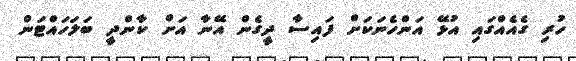
ހުރި ގެއެއްގައި އުޅޭ އަންހެނަކަށް ފައިސާ ދީގެން އޭނާ އަށް ކާންދީ ބަލަހައްޓަން